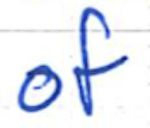
Text: of
Cross-out: clean
Writing tool: ballpoint